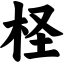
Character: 柽